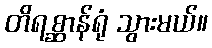
တိရစ္ဆာန်ရုံ သွားမယ်။